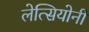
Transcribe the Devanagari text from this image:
लेत्सियोनी